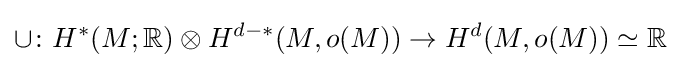
\cup \colon H^{*}(M;\mathbb {R} )\otimes H^{d-*}(M,o(M))\to H^{d}(M,o(M))\simeq \mathbb {R}